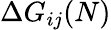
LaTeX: \Delta{G}_{ij}(N)